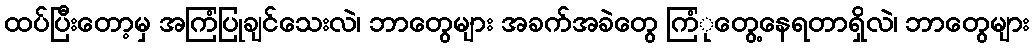
ထပ်ပြီးတော့မှ အကြံပြုချင်သေးလဲ၊ ဘာတွေများ အခက်အခဲတွေ ကြံုတွေ့နေရတာရှိလဲ၊ ဘာတွေများ